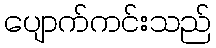
ပျောက်ကင်းသည်